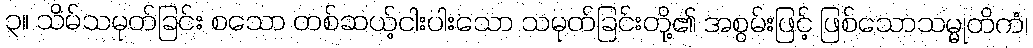
၃။ သိမ်သမုတ်ခြင်း စသော တစ်ဆယ့်ငါးပါးသော သမုတ်ခြင်းတို့၏ အစွမ်းဖြင့် ဖြစ်သောသမ္မုတိကံ၊